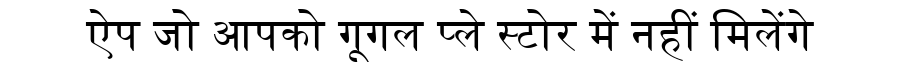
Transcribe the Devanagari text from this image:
ऐप जो आपको गूगल प्ले स्टोर में नहीं मिलेंगे